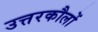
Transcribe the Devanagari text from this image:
उत्तरकौलों